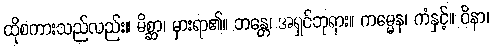
ထိုစကားသည်လည်း။ မိစ္ဆာ၊ မှားရာ၏။ ဘန္တေ၊ အရှင်ဘုရား။ ကမ္မေန၊ ကံနှင့်။ ဝိနာ၊